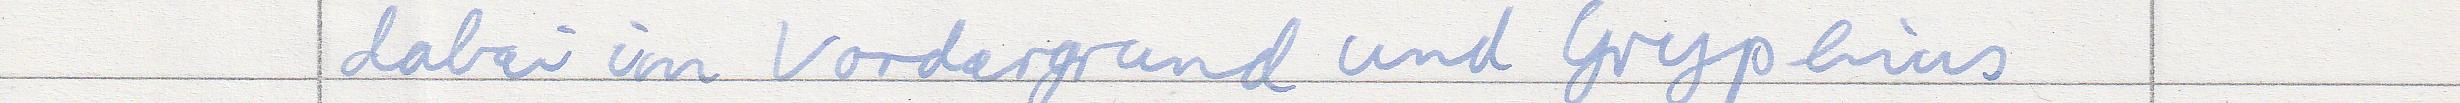
dabei im Vordergrund und Gryphius